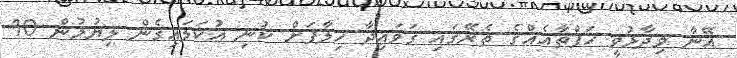
އޭނާ ވިދާޅުވީ ހަފްތާއެއްގެ ތެރޭގައި ގަވައިދާ ހިލާފަށް ކުނި އުކަލައިގެން ލިޔުމުން 10